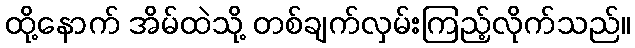
ထို့နောက် အိမ်ထဲသို့ တစ်ချက်လှမ်းကြည့်လိုက်သည်။